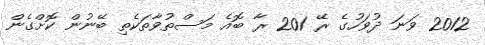
2012 ވަނަ ދުވަހުގެ ރޭ 201 ރާ ބޮއެ މަސްތުވާތަކެތި ބޭނުން ކޮށްގެން